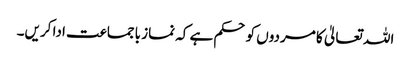
اللہ تعالیٰ کا مردوں کوحکم ہے کہ نماز باجماعت ادا کریں۔